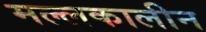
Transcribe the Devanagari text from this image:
मल्लकालीन